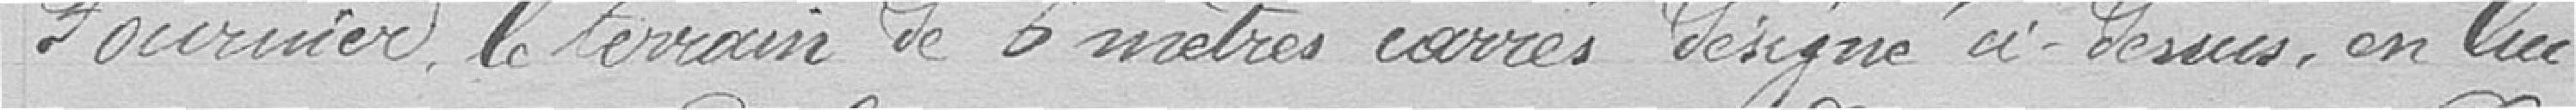
Fournier le terrain de 6 mètres carrés désigné ci-dessus, en lui